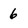
Character: 6